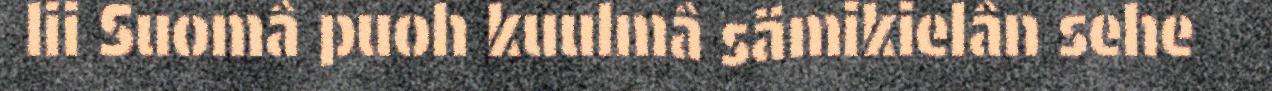
lii Suomâ puoh kuulmâ sämikielân sehe